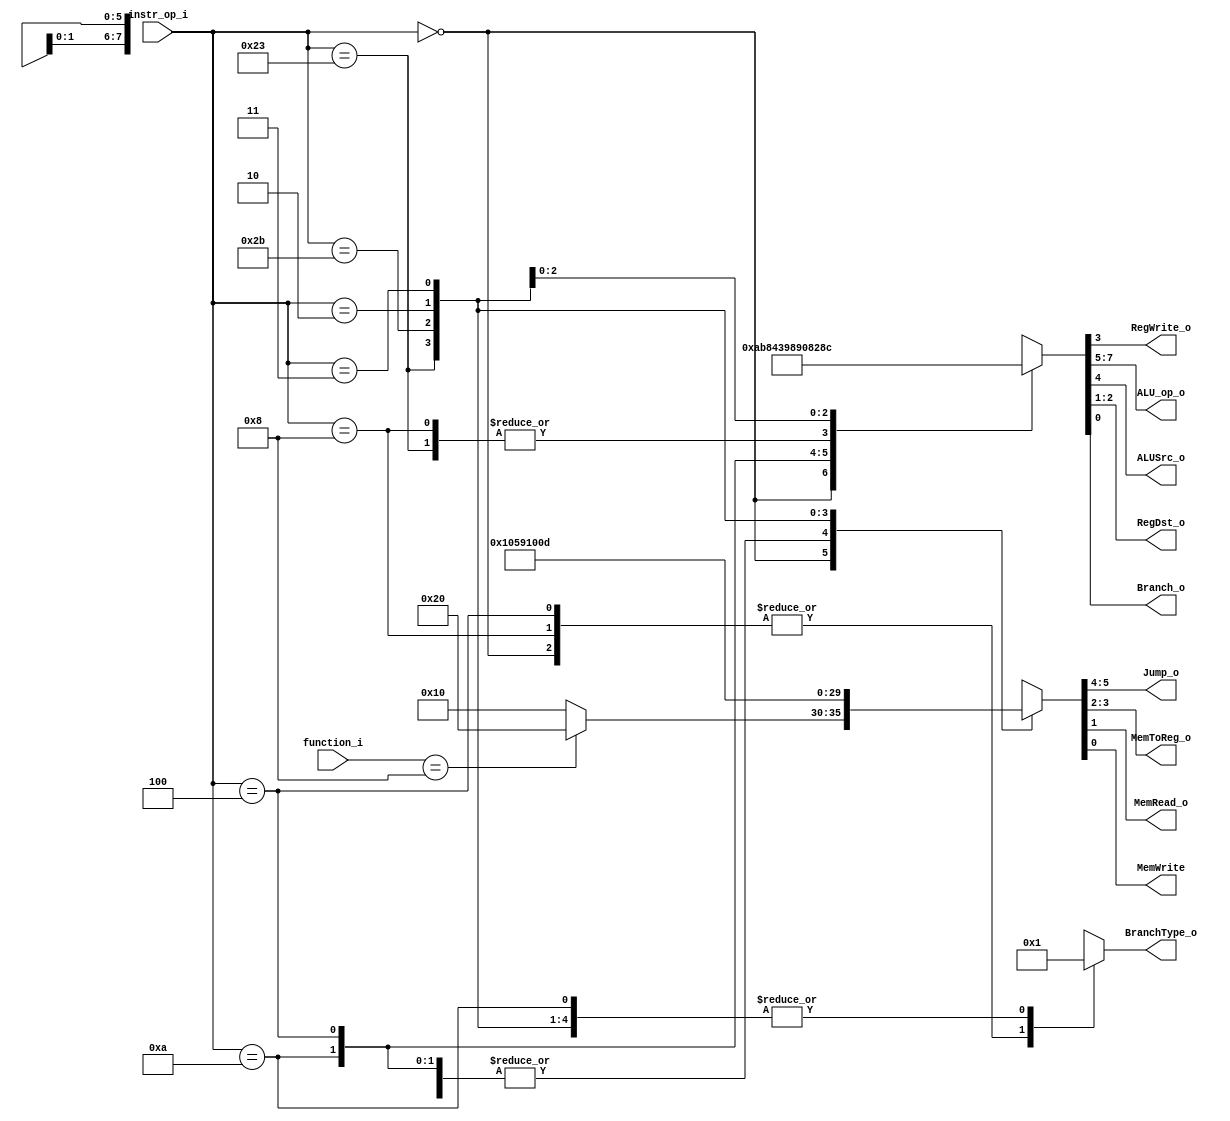
//Subject:     CO project 2 - Decoder
//109550134
//--------------------------------------------------------------------------------
//Version:     1
//--------------------------------------------------------------------------------
//Writer:      Luke
//----------------------------------------------
//----------------------------------------------
//Description: 
//--------------------------------------------------------------------------------

module Decoder(
    instr_op_i,
    function_i,
	RegWrite_o,
	ALU_op_o,
	ALUSrc_o,
	RegDst_o,
	
	BranchType_o,
	Branch_o,
	Jump_o,
	MemToReg_o,
	MemRead_o,
	MemWrite
	);
     
//I/O ports
input  [6-1:0] instr_op_i,function_i;

output         RegWrite_o;
output [3-1:0] ALU_op_o;
output         ALUSrc_o;
output [2-1:0] RegDst_o;
output         Branch_o;

//output [3-1:0] Branch_type_o;
output [2-1:0] Jump_o;
output [2-1:0] MemToReg_o, BranchType_o;
output         MemRead_o;
output         MemWrite;
 
//Internal Signals
reg    [3-1:0] ALU_op_o;
reg            ALUSrc_o;
reg            RegWrite_o;
reg    [2-1:0] RegDst_o;
reg            Branch_o;

//reg [3-1:0] Branch_type_o;
reg  [2-1:0]  Jump_o;
reg [2-1:0] MemToReg_o, BranchType_o;
reg         MemRead_o;
reg         MemWrite;

//Parameter


//Main function



always @* begin
    case(instr_op_i)
     'b000000:begin//R -format
        {ALU_op_o,ALUSrc_o,RegWrite_o,RegDst_o, Branch_o} <= 'b000_0_1_01_0;
        {Jump_o, MemToReg_o ,MemRead_o, MemWrite} <= (function_i=='b001000)? 'b10_00_0_0 : 'b01_00_0_0;
        BranchType_o <= 'b00;
      end
      'b001000:begin//addi
       {ALU_op_o,ALUSrc_o,RegWrite_o,RegDst_o, Branch_o} <= 'b100_1_1_00_0;
       {Jump_o, MemToReg_o ,MemRead_o, MemWrite} <= 'b01_00_0_0;
        BranchType_o <= 'b00;
      end
      'b001010:begin//slti
       {ALU_op_o,ALUSrc_o,RegWrite_o,RegDst_o, Branch_o} <= 'b101_1_1_00_0;
       {Jump_o, MemToReg_o ,MemRead_o, MemWrite} <= 'b01_00_0_0;
      BranchType_o <= 'b01;
      end
       'b000100:begin//beq
       {ALU_op_o,ALUSrc_o,RegWrite_o,RegDst_o, Branch_o} <= 'b010_0_0_01_1;
       {Jump_o, MemToReg_o ,MemRead_o, MemWrite} <= 'b01_00_0_0;
       BranchType_o <= 'b00;
      end
       'b100011:begin//lw
       {ALU_op_o,ALUSrc_o,RegWrite_o,RegDst_o, Branch_o} <= 'b100_1_1_00_0;
       {Jump_o, MemToReg_o ,MemRead_o, MemWrite} <= 'b01_01_1_0;
        BranchType_o <= 'b01;
      end
       'b101011: begin//sw
       {ALU_op_o,ALUSrc_o,RegWrite_o,RegDst_o, Branch_o} <= 'b100_1_0_00_0;//reg dst
       {Jump_o, MemToReg_o ,MemRead_o, MemWrite} <= 'b01_00_0_1;
      BranchType_o <= 'b01;
      end
      'b000010:begin//jump
       {ALU_op_o,ALUSrc_o,RegWrite_o,RegDst_o, Branch_o} <= 'b100_0_0_01_0;
       {Jump_o, MemToReg_o ,MemRead_o, MemWrite} <= 'b00_00_0_0;
      BranchType_o <= 'b01;
      end
       'b000011:begin//jal
       {ALU_op_o,ALUSrc_o,RegWrite_o,RegDst_o, Branch_o} <= 'b100_0_1_10_0;
       {Jump_o, MemToReg_o ,MemRead_o, MemWrite} <= 'b00_11_0_1;//mem write?
       BranchType_o <= 'b01;
       end
       default:begin
       {ALU_op_o,ALUSrc_o,RegWrite_o,RegDst_o, Branch_o} <= 'bxxxxxxxx;
       {Jump_o, MemToReg_o ,MemRead_o, MemWrite} <= 'bxxxxxx;
       BranchType_o <= 'bxx;
       end
    endcase
end

endmodule